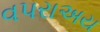
વપરાઅય